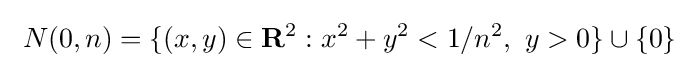
\ N(0,n)=\{(x,y)\in {\mathbf {R} }^{2}:x^{2}+y^{2}<1/n^{2},\ y>0\}\cup \{0\}